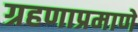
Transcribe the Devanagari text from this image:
ग्रहणाप्रमाणे